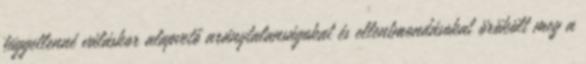
függetlenné váláskor alapvető aránytalanságokat és ellentmondásokat örökölt meg a